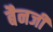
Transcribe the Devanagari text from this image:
बैनजी